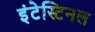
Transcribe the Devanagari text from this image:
इंटेस्टिनल